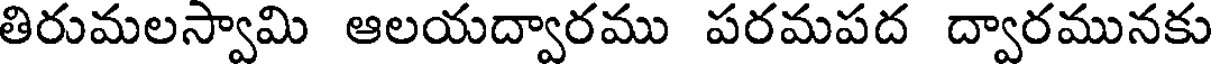
తిరుమలస్వామి ఆలయద్వారము పరమపద ద్వారమునకు